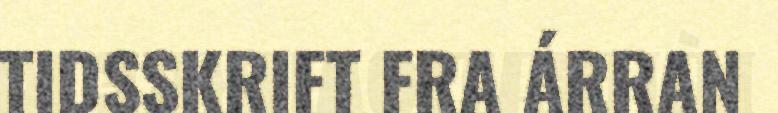
TIDSSKRIFT FRA ÁRRAN